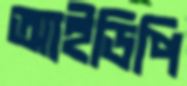
আইডিপি